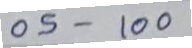
05 - 100